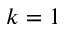
k = 1